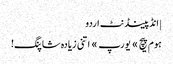
| انڈپینڈنٹ اردو
ہوم پیچ » یورپ » اتنی زیادہ شاپنگ!